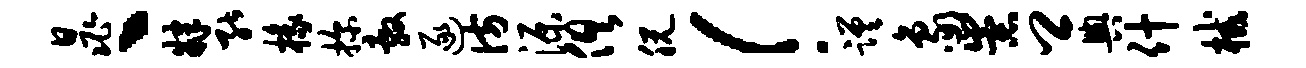
晁丶肄能椽探敷逐彷源俱脱！蹉象崇卿舆什械